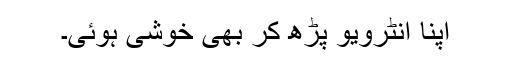
اپنا انٹرویو پڑھ کر بھی خوشی ہوئی۔